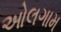
ઓલગામ